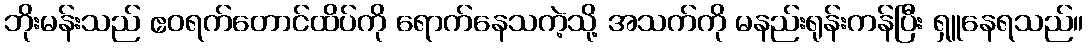
ဘိုးမန်းသည် ဧဝရက်တောင်ထိပ်ကို ရောက်နေသကဲ့သို့ အသက်ကို မနည်းရုန်းကန်ပြီး ရှူနေရသည်။